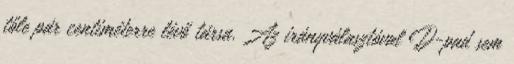
tőle pár centiméterre lévő társa. Az irányválasztóval D-pad sem